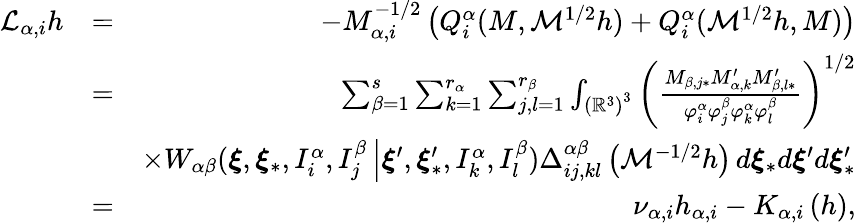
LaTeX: \begin{array}{rlr}{\mathcal{L}_{\alpha,i}h}&{=}&{-M_{\alpha,i}^{-1/2}\left(Q_{i}^{\alpha}(M,\mathcal{M}^{1/2}h)+Q_{i}^{\alpha}(\mathcal{M}^{1/2}h,M)\right)}\\ &{=}&{\sum_{\beta=1}^{s}\sum_{k=1}^{r_{\alpha}}\sum_{j,l=1}^{r_{\beta}}\int_{\left(\mathbb{R}^{3}\right)^{3}}\left(\frac{M_{\beta,j\ast}M_{\alpha,k}^{\prime}M_{\beta,l\ast}^{\prime}}{\varphi_{i}^{\alpha}\varphi_{j}^{\beta}\varphi_{k}^{\alpha}\varphi_{l}^{\beta}}\right)^{1/2}}\\ &{}&{\times W_{\alpha\beta}(\boldsymbol{\xi},\boldsymbol{\xi}_{\ast},I_{i}^{\alpha},I_{j}^{\beta}\left\vert\boldsymbol{\xi}^{\prime},\boldsymbol{\xi}_{\ast}^{\prime},I_{k}^{\alpha},I_{l}^{\beta}\right.)\Delta_{ij,kl}^{\alpha\beta}\left(\mathcal{M}^{-1/2}h\right)\, d\boldsymbol{\xi}_{\ast}d\boldsymbol{\xi}^{\prime}d\boldsymbol{\xi}_{\ast}^{\prime}}\\ &{=}&{\nu_{\alpha,i}h_{\alpha,i}-K_{\alpha,i}\left(h\right)\mathrm{,}}\end{array}